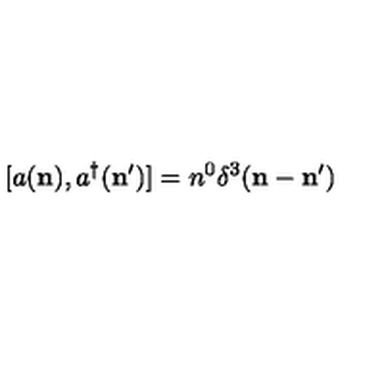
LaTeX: \lbrack a ( { \bf n } ) , a ^ { \dagger } ( { \bf n } ^ { \prime } ) ] = n ^ { 0 } \delta ^ { 3 } ( { \bf n } - { \bf n } ^ { \prime } )